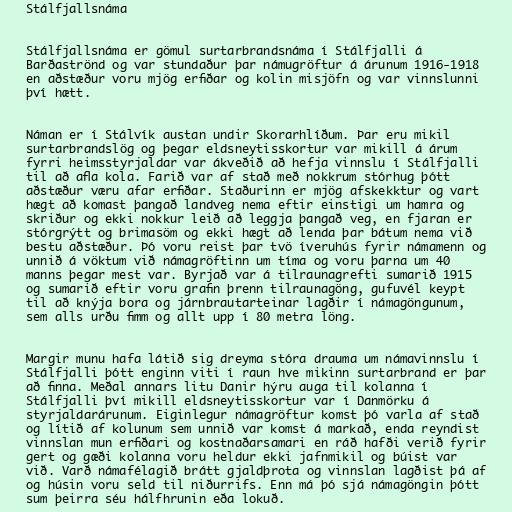
Stálfjallsnáma

Stálfjallsnáma er gömul surtarbrandsnáma í Stálfjalli á
Barðaströnd og var stundaður þar námugröftur á árunum 1916-1918
en aðstæður voru mjög erfiðar og kolin misjöfn og var vinnslunni
því hætt.

Náman er í Stálvík austan undir Skorarhlíðum. Þar eru mikil
surtarbrandslög og þegar eldsneytisskortur var mikill á árum
fyrri heimsstyrjaldar var ákveðið að hefja vinnslu í Stálfjalli
til að afla kola. Farið var af stað með nokkrum stórhug þótt
aðstæður væru afar erfiðar. Staðurinn er mjög afskekktur og vart
hægt að komast þangað landveg nema eftir einstigi um hamra og
skriður og ekki nokkur leið að leggja þangað veg, en fjaran er
stórgrýtt og brimasöm og ekki hægt að lenda þar bátum nema við
bestu aðstæður. Þó voru reist þar tvö íveruhús fyrir námamenn og
unnið á vöktum við námagröftinn um tíma og voru þarna um 40
manns þegar mest var. Byrjað var á tilraunagrefti sumarið 1915
og sumarið eftir voru grafin þrenn tilraunagöng, gufuvél keypt
til að knýja bora og járnbrautarteinar lagðir í námagöngunum,
sem alls urðu fimm og allt upp í 80 metra löng.

Margir munu hafa látið sig dreyma stóra drauma um námavinnslu í
Stálfjalli þótt enginn viti í raun hve mikinn surtarbrand er þar
að finna. Meðal annars litu Danir hýru auga til kolanna í
Stálfjalli því mikill eldsneytisskortur var í Danmörku á
styrjaldarárunum. Eiginlegur námagröftur komst þó varla af stað
og lítið af kolunum sem unnið var komst á markað, enda reyndist
vinnslan mun erfiðari og kostnaðarsamari en ráð hafði verið fyrir
gert og gæði kolanna voru heldur ekki jafnmikil og búist var
við. Varð námafélagið brátt gjaldþrota og vinnslan lagðist þá af
og húsin voru seld til niðurrifs. Enn má þó sjá námagöngin þótt
sum þeirra séu hálfhrunin eða lokuð.